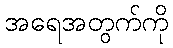
အရေအတွက်ကို